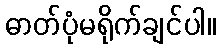
ဓာတ်ပုံမရိုက်ချင်ပါ။